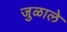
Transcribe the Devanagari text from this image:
जुळाले